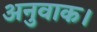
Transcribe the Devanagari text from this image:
अनुवाक।